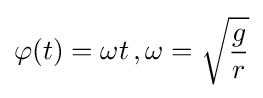
\varphi (t)=\omega t\,,\omega ={\sqrt {\frac {g}{r}}}